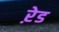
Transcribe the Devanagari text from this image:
ऱेड